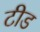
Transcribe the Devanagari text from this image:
टीड